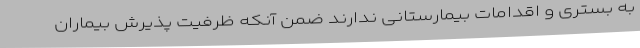
به بستری و اقدامات بیمارستانی ندارند ضمن آنکه ظرفیت پذیرش بیماران